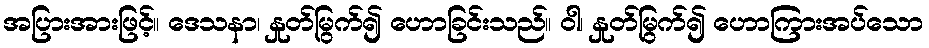
အပြားအားဖြင့်။ ဒေသနာ၊ နှုတ်မြွက်၍ ဟောခြင်းသည်။ ဝါ၊ နှုတ်မြွက်၍ ဟောကြားအပ်သော